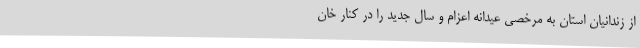
از زندانیان استان به مرخصی عیدانه اعزام و سال جدید را در کنار خان